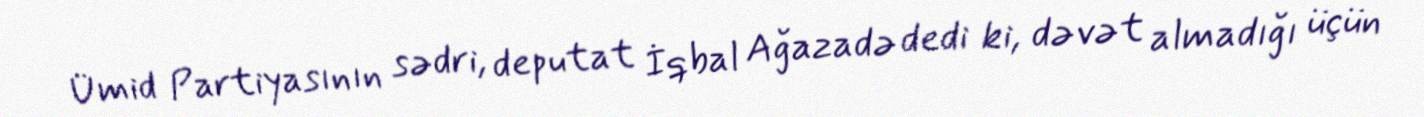
Ümid Partiyasının sədri, deputat İqbal Ağazadə dedi ki, dəvət almadığı üçün